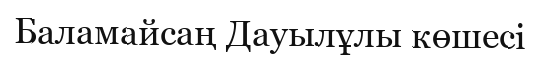
Баламайсаң Дауылұлы көшесі